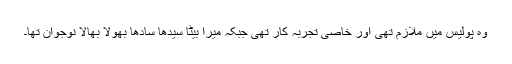
وہ پولیس میں ملازم تھی اور خاصی تجربہ کار تھی جبکہ میرا بیٹا سیدھا سادھا بھولا بھالا نوجوان تھا۔